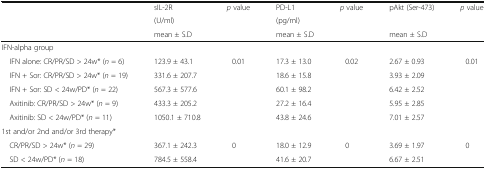
<table><thead><tr><td rowspan="3"></td><td><b>sIL-2R</b></td><td rowspan="3"><b><i>p</i> value</b></td><td><b>PD-L1</b></td><td rowspan="3"><b><i>p</i> value</b></td><td rowspan="2"><b>pAkt (Ser-473)</b></td><td rowspan="3"><b><i>p</i> value</b></td></tr><tr><td><b>(U/ml)</b></td><td><b>(pg/ml)</b></td></tr><tr><td><b>mean ± S.D</b></td><td><b>mean ± S.D</b></td><td><b>mean ± S.D</b></td></tr></thead><tbody><tr><td colspan="7">IFN-alpha group</td></tr><tr><td> IFN alone: CR/PR/SD &gt; 24w* (<i>n</i> = 6)</td><td>123.9 ± 43.1</td><td rowspan="5">0.01</td><td>17.3 ± 13.0</td><td rowspan="5">0.02</td><td>2.67 ± 0.93</td><td rowspan="5">0.01</td></tr><tr><td> IFN + Sor: CR/PR/SD &gt; 24w* (<i>n</i> = 19)</td><td>331.6 ± 207.7</td><td>18.6 ± 15.8</td><td>3.93 ± 2.09</td></tr><tr><td> IFN + Sor: SD &lt; 24w/PD* (<i>n</i> = 22)</td><td>567.3 ± 577.6</td><td>60.1 ± 98.2</td><td>6.42 ± 2.52</td></tr><tr><td> Axitinib: CR/PR/SD &gt; 24w* (<i>n</i> = 9)</td><td>433.3 ± 205.2</td><td>27.2 ± 16.4</td><td>5.95 ± 2.85</td></tr><tr><td> Axitinib: SD &lt; 24w/PD* (<i>n</i> = 11)</td><td>1050.1 ± 710.8</td><td>43.8 ± 24.6</td><td>7.01 ± 2.57</td></tr><tr><td colspan="7">1st and/or 2nd and/or 3rd therapy*</td></tr><tr><td> CR/PR/SD &gt; 24w* (<i>n</i> = 29)</td><td>367.1 ± 242.3</td><td rowspan="2">0</td><td>18.0 ± 12.9</td><td rowspan="2">0</td><td>3.69 ± 1.97</td><td rowspan="2">0</td></tr><tr><td> SD &lt; 24w/PD* (<i>n</i> = 18)</td><td>784.5 ± 558.4</td><td>41.6 ± 20.7</td><td>6.67 ± 2.51</td></tr></tbody></table>